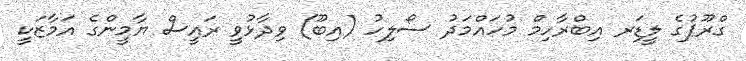
ގްރޫޕުގެ ލީޑަރ އިބްރާހިމް މުހައްމަދު ސޯލިހު (އިބޫ) ވިދާޅުވީ ރައީސް ޔާމީންގެ އަމާޒަކީ